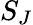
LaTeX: S_{J}